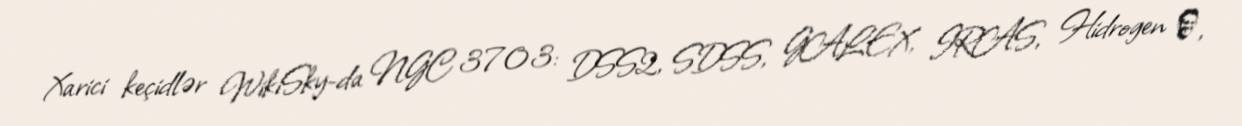
Xarici keçidlər WikiSky-da NGC 3703: DSS2, SDSS, GALEX, IRAS, Hidrogen α,